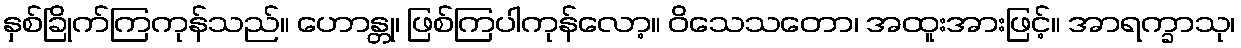
နှစ်ခြိုက်ကြကုန်သည်။ ဟောန္တု၊ ဖြစ်ကြပါကုန်လော့။ ဝိသေသတော၊ အထူးအားဖြင့်။ အာရက္ခာသု၊